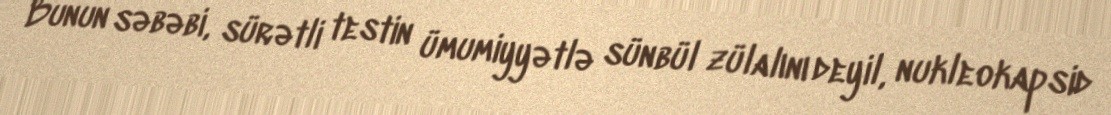
Bunun səbəbi, sürətli testin ümumiyyətlə sünbül zülalını deyil, nukleokapsid